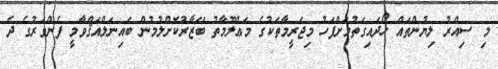
މި ސިއްރު ލިޔުންތައް ހޯދައިގަތުމަށްފަހު މިޖަރީމާތަކުގެ މަޢްލޫމާތު ބޭޒާރުކޮށްލުުމުން ބައިނަލްއަޤްވާމީ ފެންވަރުގެ ދެ